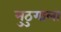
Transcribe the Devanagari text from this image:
मुठुगाला